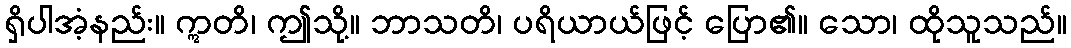
ရှိပါအံ့နည်း။ ဣတိ၊ ဤသို့။ ဘာသတိ၊ ပရိယာယ်ဖြင့် ပြော၏။ သော၊ ထိုသူသည်။